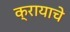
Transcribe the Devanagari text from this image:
क्रायाचे